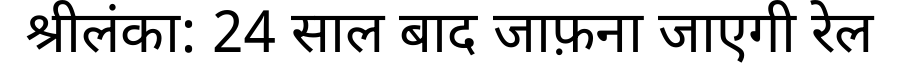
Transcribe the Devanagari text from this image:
श्रीलंका: 24 साल बाद जाफ़ना जाएगी रेल